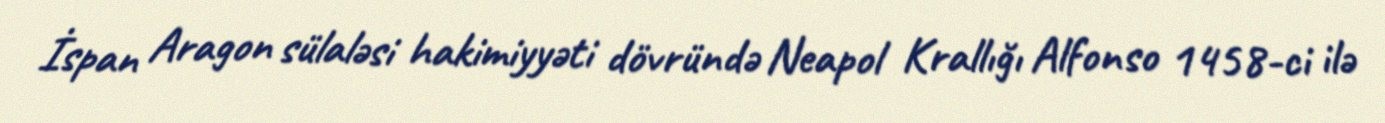
İspan Aragon sülaləsi hakimiyyəti dövründə Neapol Krallığı Alfonso 1458-ci ilə